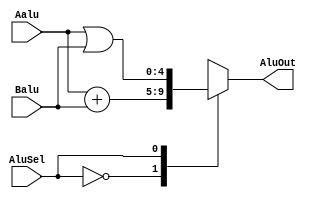
module alu (AluOut, AluSel, Aalu, Balu);
    parameter Bus=5;
    output reg [Bus-1:0] AluOut;
    input [Bus-1:0] Aalu, Balu;
    input AluSel; 

    always @(*) begin
	case(AluSel)
		0: AluOut=Aalu+Balu;
		1: AluOut=Aalu | Balu;
	endcase
    end
endmodule